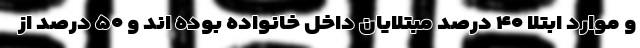
و موارد ابتلا ۴۰ درصد مبتلایان داخل خانواده‌ بوده اند و ۵۰ درصد از